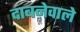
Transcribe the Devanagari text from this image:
दाबनेवाले